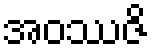
အဝဿဇိ